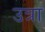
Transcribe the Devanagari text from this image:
उत्रा